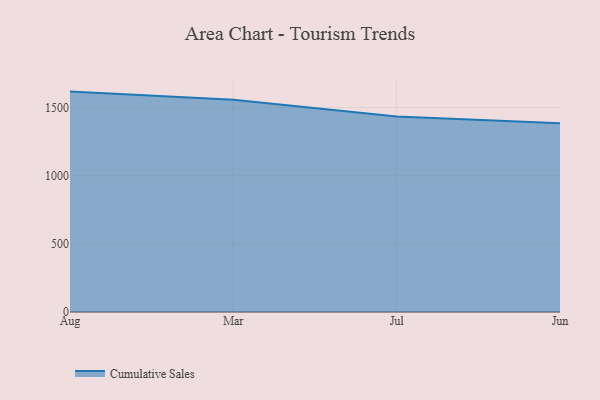
{"axis": {"x": "Month", "y": "Population (Million)"}, "legend": ["Cumulative Sales"], "data": [{"x": "Aug", "y": 1617.4, "type": "Cumulative Sales"}, {"x": "Mar", "y": 1556.9, "type": "Cumulative Sales"}, {"x": "Jul", "y": 1435.1, "type": "Cumulative Sales"}, {"x": "Jun", "y": 1385.8, "type": "Cumulative Sales"}]}